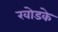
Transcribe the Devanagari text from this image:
खोडके